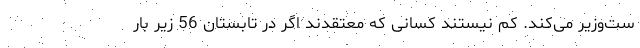
ست‌وزیر می‌کند. کم نیستند کسانی که معتقدند اگر در تابستان 56 زیر بار